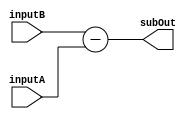
module Subtractor( inputA, inputB, subOut);

input [7:0] inputA;
input [7:0] inputB;

output [7:0] subOut;
reg [7:0] subOut;

always @ (inputA or inputB)
begin
	subOut = inputB - inputA;
end
endmodule